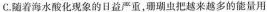
C.随着海水酸化现象的日益严重，珊瑚虫把越来越多的能量用